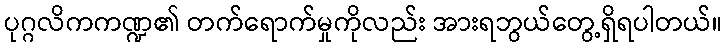
ပုဂ္ဂလိကကဏ္ဍ၏ တက်ရောက်မှုကိုလည်း အားရဘွယ်တွေ့ရှိရပါတယ်။